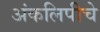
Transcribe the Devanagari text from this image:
अंकलिपीचे